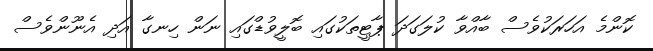
ކޮންމެ އަހަރަކުވެސް ބާއްވާ ކުލަގަދަ ޕާޓީތަކުގައި ބޮލީވުޑްގައި ނަން ހިނގާ އަދި އެނޫންވެސް